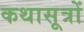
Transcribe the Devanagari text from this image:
कथासूत्रों